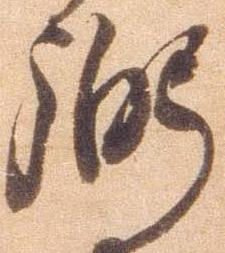
弼